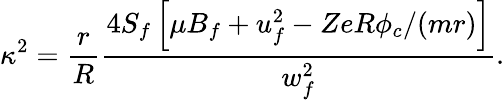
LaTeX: \kappa^{2}=\frac{r}{R}\frac{4S_{f}\left[\mu B_{f}+u_{f}^{2}-ZeR\phi_{c}/(mr)\right]}{w_{f}^{2}}.